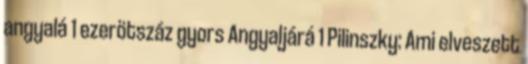
angyalá 1 ezerötszáz gyors Angyaljárá 1 Pilinszky: Ami elveszett